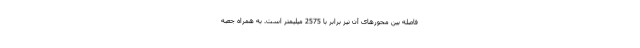
فاصله بین محورهای آن نیز برابر با 2575 میلیمتر است. به همراه جعبه